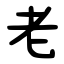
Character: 老